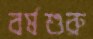
বর্ষশুরু